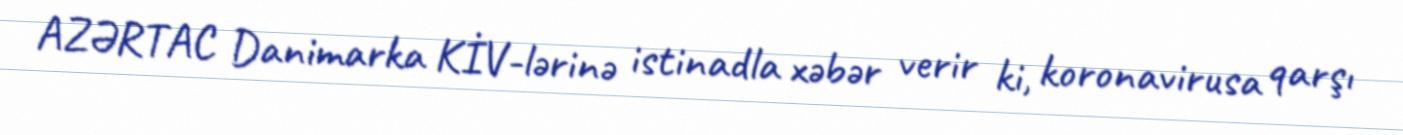
AZƏRTAC Danimarka KİV-lərinə istinadla xəbər verir ki, koronavirusa qarşı